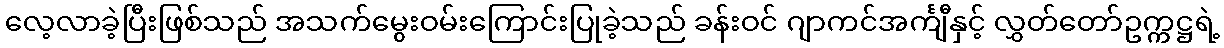
လေ့လာခဲ့ပြီးဖြစ်သည် အသက်မွေးဝမ်းကြောင်းပြုခဲ့သည် ခန်းဝင် ဂျာကင်အင်္ကျီနှင့် လွှတ်တော်ဥက္ကဋ္ဌရဲ့